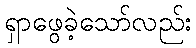
ရှာဖွေခဲ့သော်လည်း